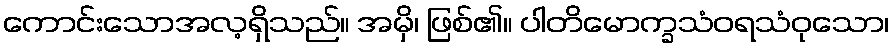
ကောင်းသောအလ့ရှိသည်။ အမှိ၊ ဖြစ်၏။ ပါတိမောက္ခသံဝရသံဝုသော၊